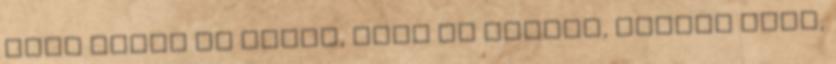
hogy miért is tudja, hogy ki vagyok, vagyis pont,